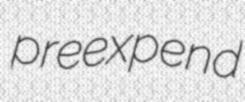
preexpend